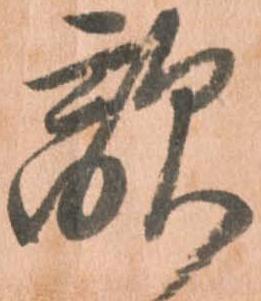
敵